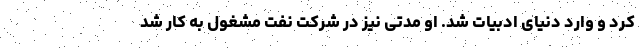
کرد و وارد دنیای ادبیات شد. او مدتی نیز در شرکت نفت مشغول به کار شد